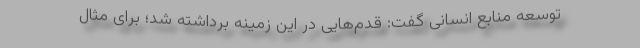
توسعه منابع انسانی گفت: قدم‌هایی در این زمینه برداشته شد؛ برای مثال